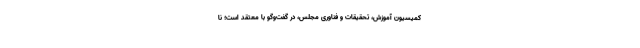
کمیسیون آموزش، تحقیقات و فناوری مجلس، در گفت‌وگو با معتقد است؛ نا